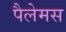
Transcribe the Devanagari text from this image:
पैलेमस